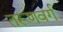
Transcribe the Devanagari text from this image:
तरूणवर्ग